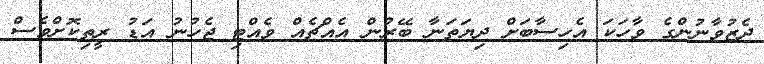
ދެޒުވާނުންގެ ވާހަކަ އެހިސާބަށް ދިޔަތަނާ ބޭރުން އެއްޗެއް ވެއްޓި ޖެހުނު އަޑު ރީތިކޮށްވެސް